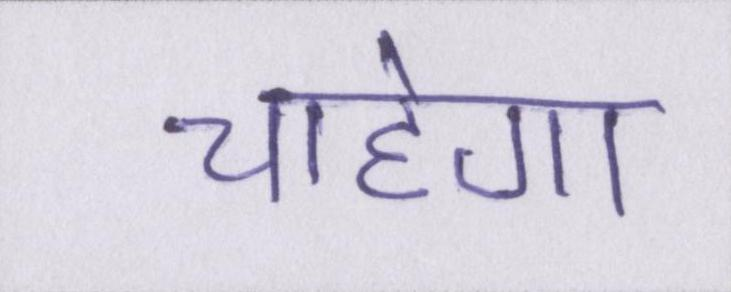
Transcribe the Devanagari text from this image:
चाहेगा